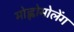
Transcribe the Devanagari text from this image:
मोह्लोमोलेंग